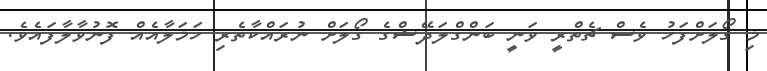
މި ގޯލަށްފަހު ވެސް ޗެތްރީ ވަނީ ބަންގްލަދޭޝްގެ ގޯލަށް ނުރައްކާތެރި ހަމަލާއެއް ފޮނުވާލާފައެވެ.